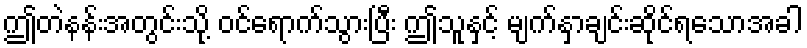
ဤတဲနန်းအတွင်းသို့ ဝင်ရောက်သွားပြီး ဤသူနှင့် မျက်နှာချင်းဆိုင်ရသောအခါ